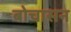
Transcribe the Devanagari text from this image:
बोचासन